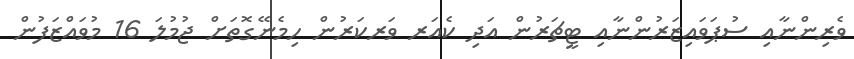
ވެރިންނާއި ސުޕަވައިޒަރުންނާއި ޓީޗަރުން އަދި ކެއަރ ވަރކަރުން ހިމެނޭގޮތަށް ޖުމުލަ 16 މުވައްޒަފުން